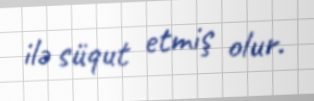
ilə süqut etmiş olur.